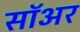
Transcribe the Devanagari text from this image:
सॉअर